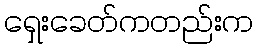
ရှေးခေတ်ကတည်းက